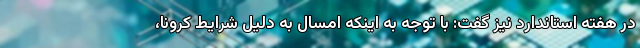
در هفته استاندارد نیز گفت: با توجه به اینکه امسال به دلیل شرایط کرونا،